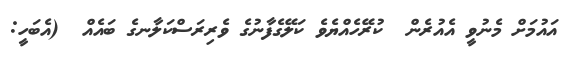
އައުމަށް މެނުވީ އެއުރެން  ކުރޭހެއްޔެވެ ކަލޭގެފާނުގެ ވެރިރަސްކަލާނގެ ބައެއް  (އެބަހީ: